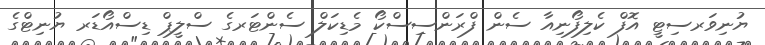
ޔުނިވަރސިޓީ އޮފް ކެލިފޯނިއާ ސެން ފްރަންސިސްކޯ މެޑިކަލް ސެންޓަރގެ ސްލީޕް ޑިސްއޯޑަރ ޔުނިޓްގެ